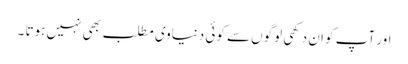
اور آپ کو ان دکھی لوگوں سے کوئی دنیاوی مطلب بھی نہیں ہوتا ۔